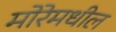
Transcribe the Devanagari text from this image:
मोरेमधील